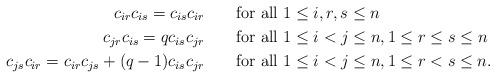
LaTeX: \begin{align*}c_{ir}c_{is}=c_{is}c_{ir}&\phantom{pha} \hbox{ for all $1\leq i,r,s\leq n$}\\ c_{jr}c_{is}=qc_{is}c_{jr}&\phantom{pha} \hbox{ for all $1\leq i<j\leq n, 1\leq r\leq s\leq n$}\\ c_{js}c_{ir}=c_{ir}c_{js}+(q-1)c_{is}c_{jr}&\phantom{pha} \hbox{ for all $1\leq i<j\leq n, 1\leq r< s\leq n$}. \end{align*}